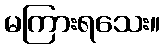
မကြားရသေး။